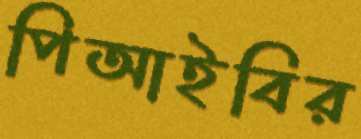
পিআইবির